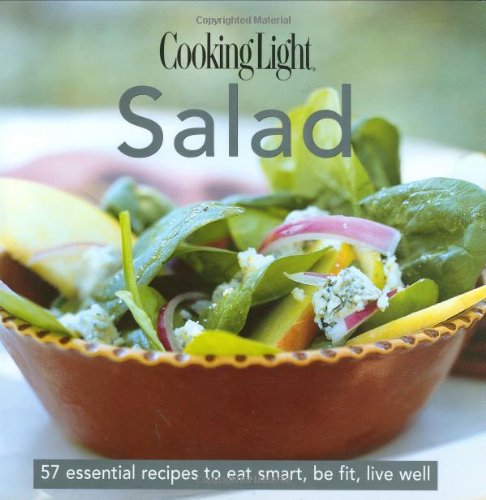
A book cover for Cooking Light Cook's Essential Recipe Collection: Salad: 57 essential recipes to eat smart, be fit, live well (the Cooking Light.cook's ESSENTIAL RECIPE COLLECTION); Editors of Cooking Light Magazine; Cookbooks, Food & Wine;